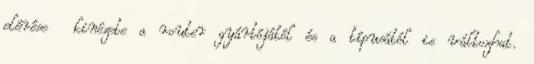
elérése kinézete a router gyártójától és a típusától is változhat.